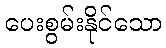
ပေးစွမ်းနိုင်သော